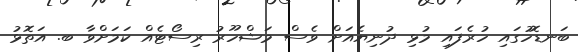
ބަނޑޮހުގައި ހުރެފައި މުޅި ދުނިޔެއަށް ވެސް މަޝްހޫރު ރިސޯޓެއް ކަަމަށްވާ ބ. އަތޮޅު